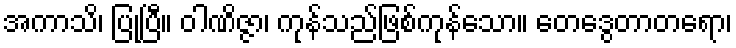
အကာသိ၊ ပြုပြီ။ ဝါဏိဇ္ဇာ၊ ကုန်သည်ဖြစ်ကုန်သော။ တေဒွေတာတရော၊